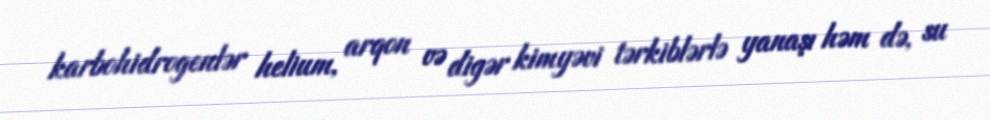
karbohidrogenlər helium, arqon və digər kimyəvi tərkiblərlə yanaşı həm də, su